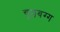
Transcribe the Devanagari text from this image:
चुल्लबग्ग